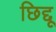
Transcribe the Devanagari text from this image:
छिद्दू